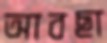
আবছা